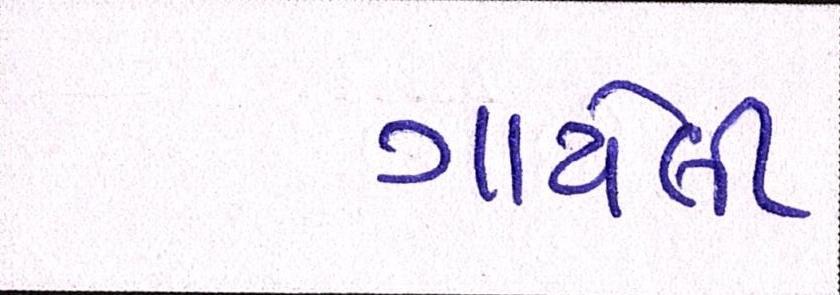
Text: ગાયેલી